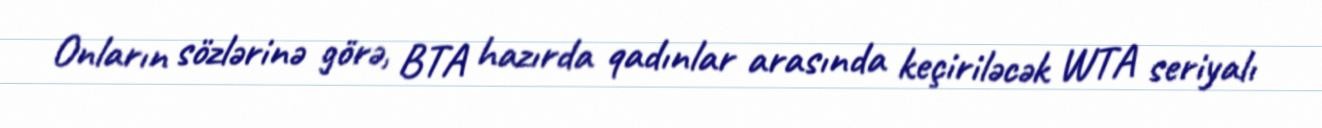
Onların sözlərinə görə, BTA hazırda qadınlar arasında keçiriləcək WTA seriyalı